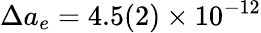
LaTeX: \Delta a_{e}=4.5(2)\times 10^{-12}